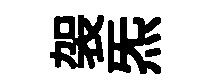
袈炁